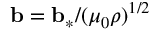
{ \bf { b } } = { \bf { b } } _ { \ast } / ( \mu _ { 0 } \rho ) ^ { 1 / 2 }